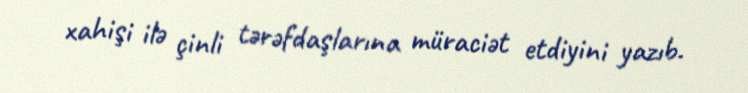
xahişi ilə çinli tərəfdaşlarına müraciət etdiyini yazıb.